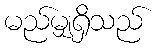
မည်မျှရှိသည်